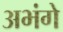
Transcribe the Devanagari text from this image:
अभंगे